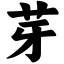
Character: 芽